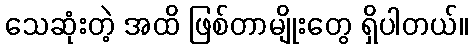
သေဆုံးတဲ့ အထိ ဖြစ်တာမျိုးတွေ ရှိပါတယ်။